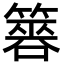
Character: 簭